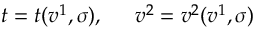
t = t ( v ^ { 1 } , \sigma ) , \ \; \; \; \; v ^ { 2 } = v ^ { 2 } ( v ^ { 1 } , \sigma )